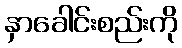
နှာခေါင်းစည်းကို